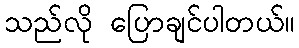
သည်လို ပြောချင်ပါတယ်။